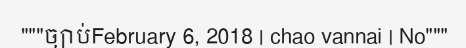
"""ច្បាប់February 6, 2018 | chao vannai | No"""